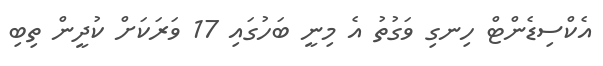
އެކްސިޑެންޓް ހިނގި ވަގުތު އެ މިނީ ބަހުގައި 17 ވަރަކަށް ކުދީން ތިބި